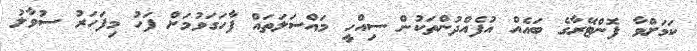
ކަމަށްވާ ފޮންޓޭރާގެ ބައެއް އުފެއްދުންތަކުން ސިއްހީ މައްސަލަތައް ފާހަގަވުމަށް ފަހު މިފަހަރު ސުވާލު